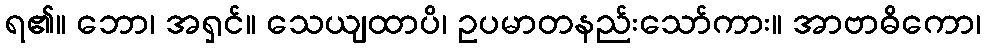
ရ၏။ ဘော၊ အရှင်။ သေယျထာပိ၊ ဥပမာတနည်းသော်ကား။ အာဗာဓိကော၊